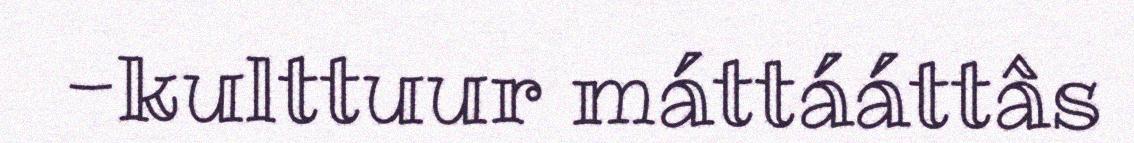
-kulttuur máttááttâs